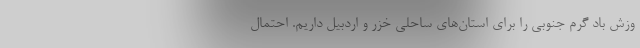
وزش باد گرم جنوبی را برای استان‌های ساحلی خزر و اردبیل داریم. احتمال